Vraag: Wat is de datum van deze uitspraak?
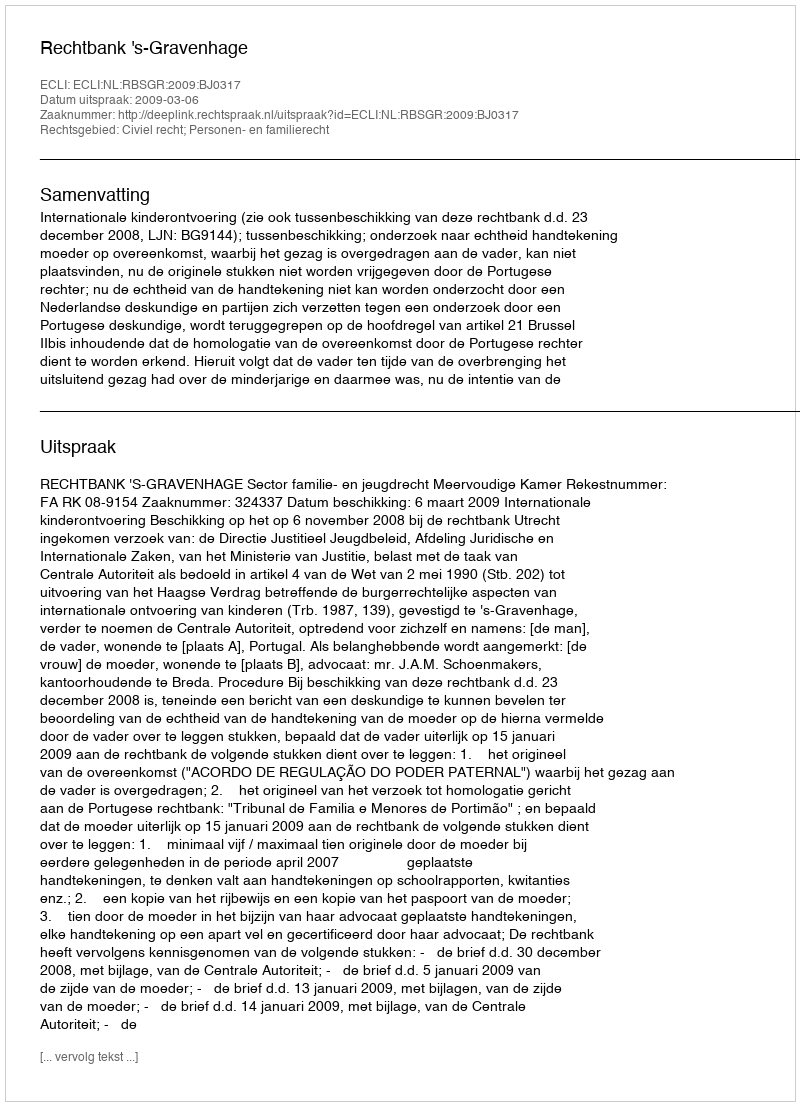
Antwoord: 2009-03-06